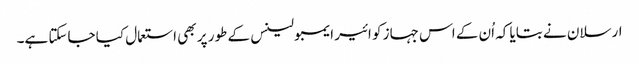
ارسلان نے بتایا کہ اُن کے اس جہاز کو ائیر ایمبولینس کے طور پر بھی استعمال کیا جاسکتا ہے۔